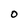
Character: 0